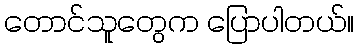
တောင်သူတွေက ပြောပါတယ်။